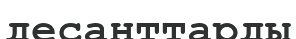
десанттарды